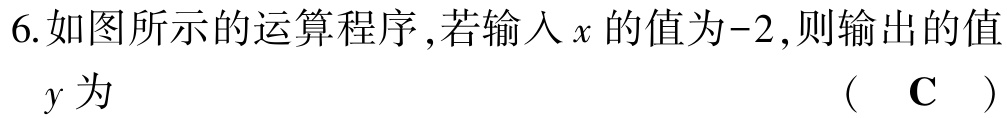
6.如图所示的运算程序,若输入\(x\)的值为\(-2\),则输出的值\(y\)为 （ \(\text{C}\) ）